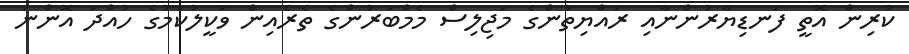
ކުރިން އޮތީ ފަނޑިޔާރުންނާއި ރައްޔިތުންގެ މަޖިލިސް މެމްބަރުންގެ ތެރެއިން ވަކީލުކަމުގެ ހުއްދަ އޮންނަ